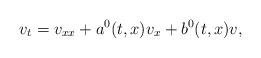
LaTeX: \begin{align*} v_t=v_{xx}+a^0(t,x)v_x+b^0(t,x)v,\end{align*}